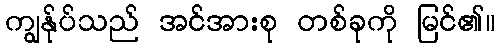
ကျွန်ုပ်သည် အင်အားစု တစ်ခုကို မြင်၏။